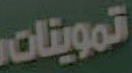
تموينات